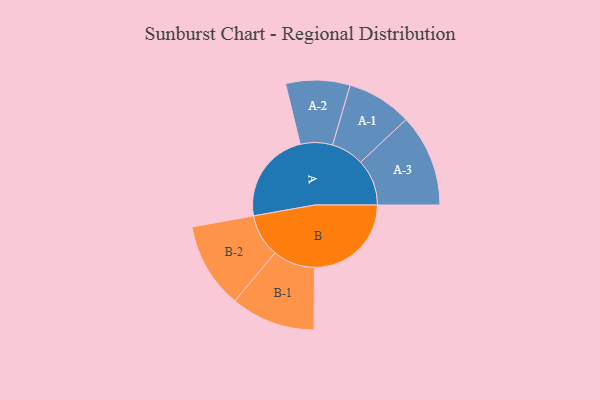
{"axis": {"x": "Segment", "y": "Value"}, "legend": ["", "A", "B"], "data": [{"x": "A", "y": 360, "type": ""}, {"x": "B", "y": 377, "type": ""}, {"x": "A-1", "y": 127, "type": "A"}, {"x": "A-2", "y": 125, "type": "A"}, {"x": "A-3", "y": 180, "type": "A"}, {"x": "B-1", "y": 164, "type": "B"}, {"x": "B-2", "y": 167, "type": "B"}]}